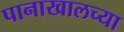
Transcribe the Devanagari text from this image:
पानाखालच्या